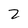
Character: 2